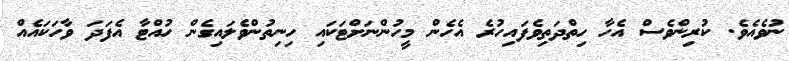
ނުވެއެވެ. ކުރިންވެސް އެހާ ހިތްދަތިވެފައިހުރެ އެހެން މީހުންނަށްޓަކައި ހިނިތުންވެލައިގެން ހުއްޓާ އެފަދަ ވާހަކައެއް